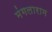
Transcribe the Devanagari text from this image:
मंगलाराम